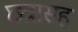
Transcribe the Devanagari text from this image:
छत्रासह